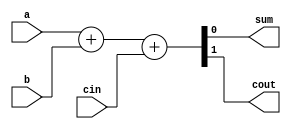
module fulladder (input a, input b, input cin, output sum, output cout);
//simple full adder module
assign {cout, sum} = a + b + cin; 

endmodule